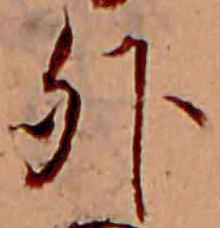
外